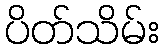
ပိတ်သိမ်း